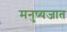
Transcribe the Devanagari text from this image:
मनुष्यजात